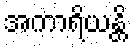
အကာရိယန္တိ